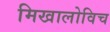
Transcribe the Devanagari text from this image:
मिखालोविच